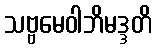
သဗ္ဗမေဝါဘိမဒ္ဒတိ